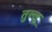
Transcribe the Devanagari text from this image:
तुल्लू